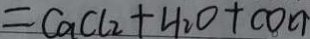
= C a C l _ { 2 } + H _ { 2 } O + C O _ { 2 } \uparrow